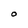
Character: O